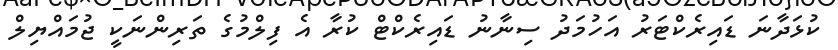
ކުޅަދާނަ ޑައިރެކްޓަރު އަހުމަދު ސިނާނު ޑައިރެކްޓް ކުރާ އެ ފިލްމުގެ ތަރިންނަކީ ޖުމައްޔިލް